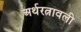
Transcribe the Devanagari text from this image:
अर्थरत्नावली